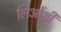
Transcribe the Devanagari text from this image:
लिओंशी